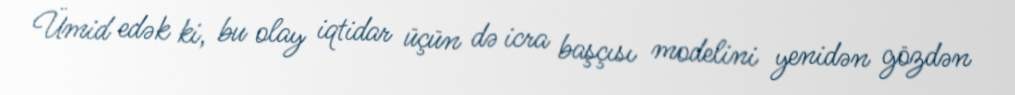
Ümid edək ki, bu olay iqtidar üçün də icra başçısı modelini yenidən gözdən